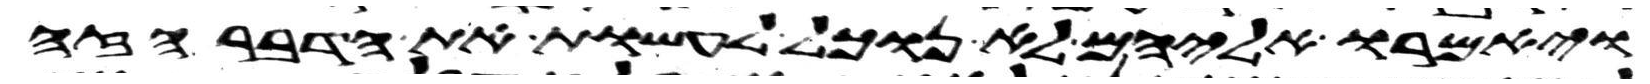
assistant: ויאמרו אליהם לא נוכל לעשות את הדבר הזה